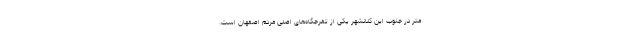
متر در جنوب این کلانشهر یکی از تفرُجگاه‌های اصلی مردم اصفهان است.